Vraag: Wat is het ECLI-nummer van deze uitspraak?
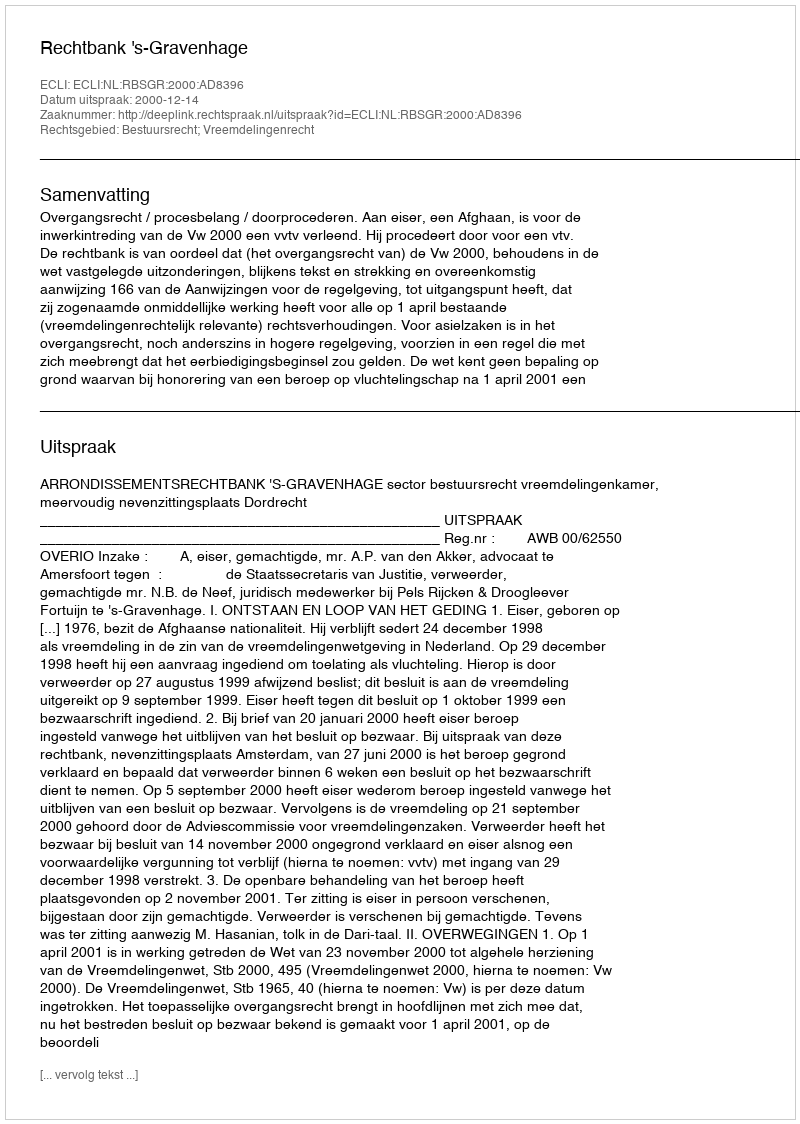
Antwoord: ECLI:NL:RBSGR:2000:AD8396